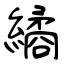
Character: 繘